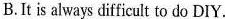
B.It is always difficult to do DIY.